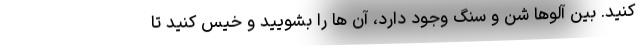
کنید. بین آلوها شن و سنگ وجود دارد، آن ها را بشویید و خیس کنید تا